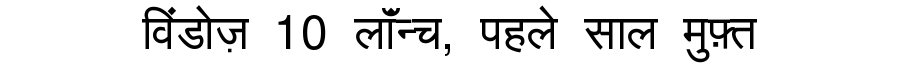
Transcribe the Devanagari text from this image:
विंडोज़ 10 लॉंन्च, पहले साल मुफ़्त